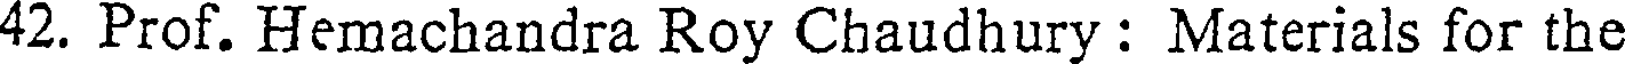
42. Prof. Hemachandra Roy Chaudhury : Materials for the